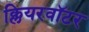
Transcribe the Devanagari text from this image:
क्लियरवॉटर